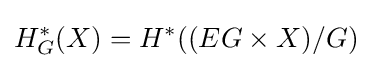
H_{G}^{*}(X)=H^{*}((EG\times X)/G)